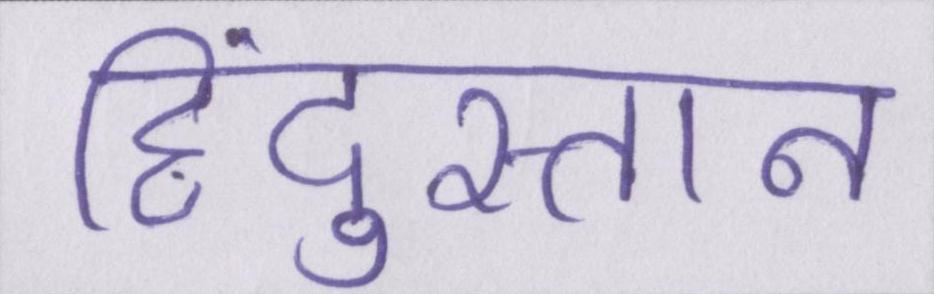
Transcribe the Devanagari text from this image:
हिंदुस्तान